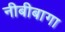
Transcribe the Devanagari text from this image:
नीबीबागा